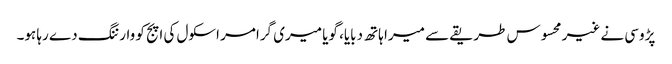
پڑوسی نے غیر محسوس طریقے سے میرا ہاتھ دبایا، گویا میری گرامر اسکول کی اپج کو وارننگ دے رہا ہو۔